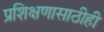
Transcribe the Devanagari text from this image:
प्रशिक्षणासाठीही